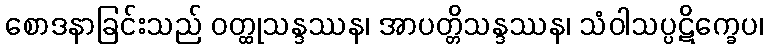
စောဒနာခြင်းသည် ဝတ္ထုသန္ဒဿန၊ အာပတ္တိသန္ဒဿန၊ သံဝါသပ္ပဋိက္ခေပ၊